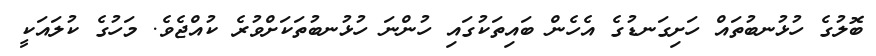
ބޮލުގެ ހުޅުނބުތައް ހަށިގަނޑުގެ އެހެން ބައިތަކުގައި ހުންނަ ހުޅުނބުތަކަށްވުރެ ކުއްޖެވެ. މަހުގެ ކުލައަކީ